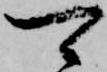
可